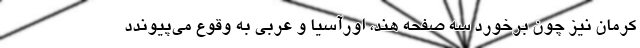
کرمان نیز چون برخورد سه صفحه هند، اورآسیا و عربی به وقوع می‌پیوندد